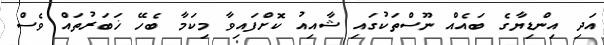
އަދި އިންޑިޔާގެ ބައެއް ނޫސްތަކުގައި ޝާއިއު ކޮށްފައިވާ މިކަމާ ބެހޭ ޚަބަރުތައް ވެސް